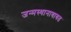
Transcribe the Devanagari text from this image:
जन्मस्थानाबाबत